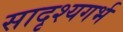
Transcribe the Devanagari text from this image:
सादृश्यगर्भ